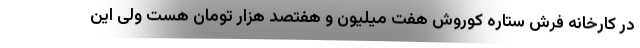
در کارخانه فرش ستاره کوروش هفت میلیون و هفتصد هزار تومان هست ولی این